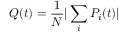
Q ( t ) = \frac { 1 } { N } | \sum _ { i } P _ { i } ( t ) |